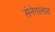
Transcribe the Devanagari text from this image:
सेनेगालात